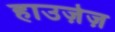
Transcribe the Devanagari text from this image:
हाउज़ेज़